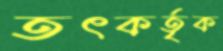
তৎকর্তৃক